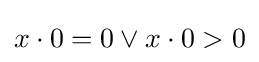
x\cdot 0=0\lor x\cdot 0>0